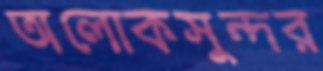
অলোকসুন্দর